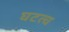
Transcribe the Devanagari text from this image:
घटत्च